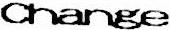
CHANGE